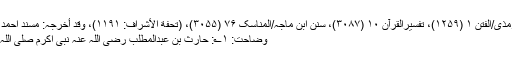
تخریج دارالدعوہ: سنن الترمذی/الفتن ۱ (۱۲۵۹)، تفسیرالقرآن ۱۰ (۳۰۸۷)، سنن ابن ماجہ/المناسک ۷۶ (۳۰۵۵)، (تحفة الأشراف: ۱۱۹۱)، وقد أخرجہ: مسند احمد (۳/۴۲۶، ۴۹۸) (صحیح)
وضاحت: ۱؎: حارث بن عبدالمطلب رضی اللہ عنہ نبی اکرم صلی اللہ علیہ وسلم کے چچا تھے۔